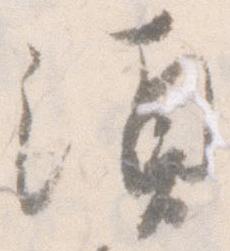
須